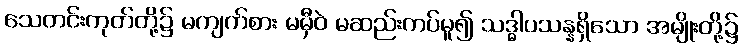
သေတင်းကုတ်တို့၌ မကျက်စား မမှီဝဲ မဆည်းကပ်မူ၍ သဒ္ဓါပသန္နရှိသော အမျိုးတို့၌